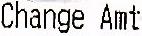
CHANGE AMT